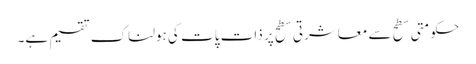
حکومتی سطح سے معاشرتی سطح پر ذات پات کی ہولناک تقسیم ہے۔